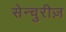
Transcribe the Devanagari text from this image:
सेन्चुरीज़